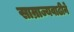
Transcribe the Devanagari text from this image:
साम्राज्यवाढीने